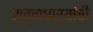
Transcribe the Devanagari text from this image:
सत्ताधार्‍यांची